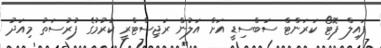
ފައިލް ފޮޓޯ ކަރަންޓް ސަބްސިޑީ އަށް އަލުން ރަޖިސްޓްރީ ކުރުމުގެ ފުރުސަތު މިއަދު